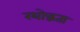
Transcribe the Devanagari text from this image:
रथोद्धता